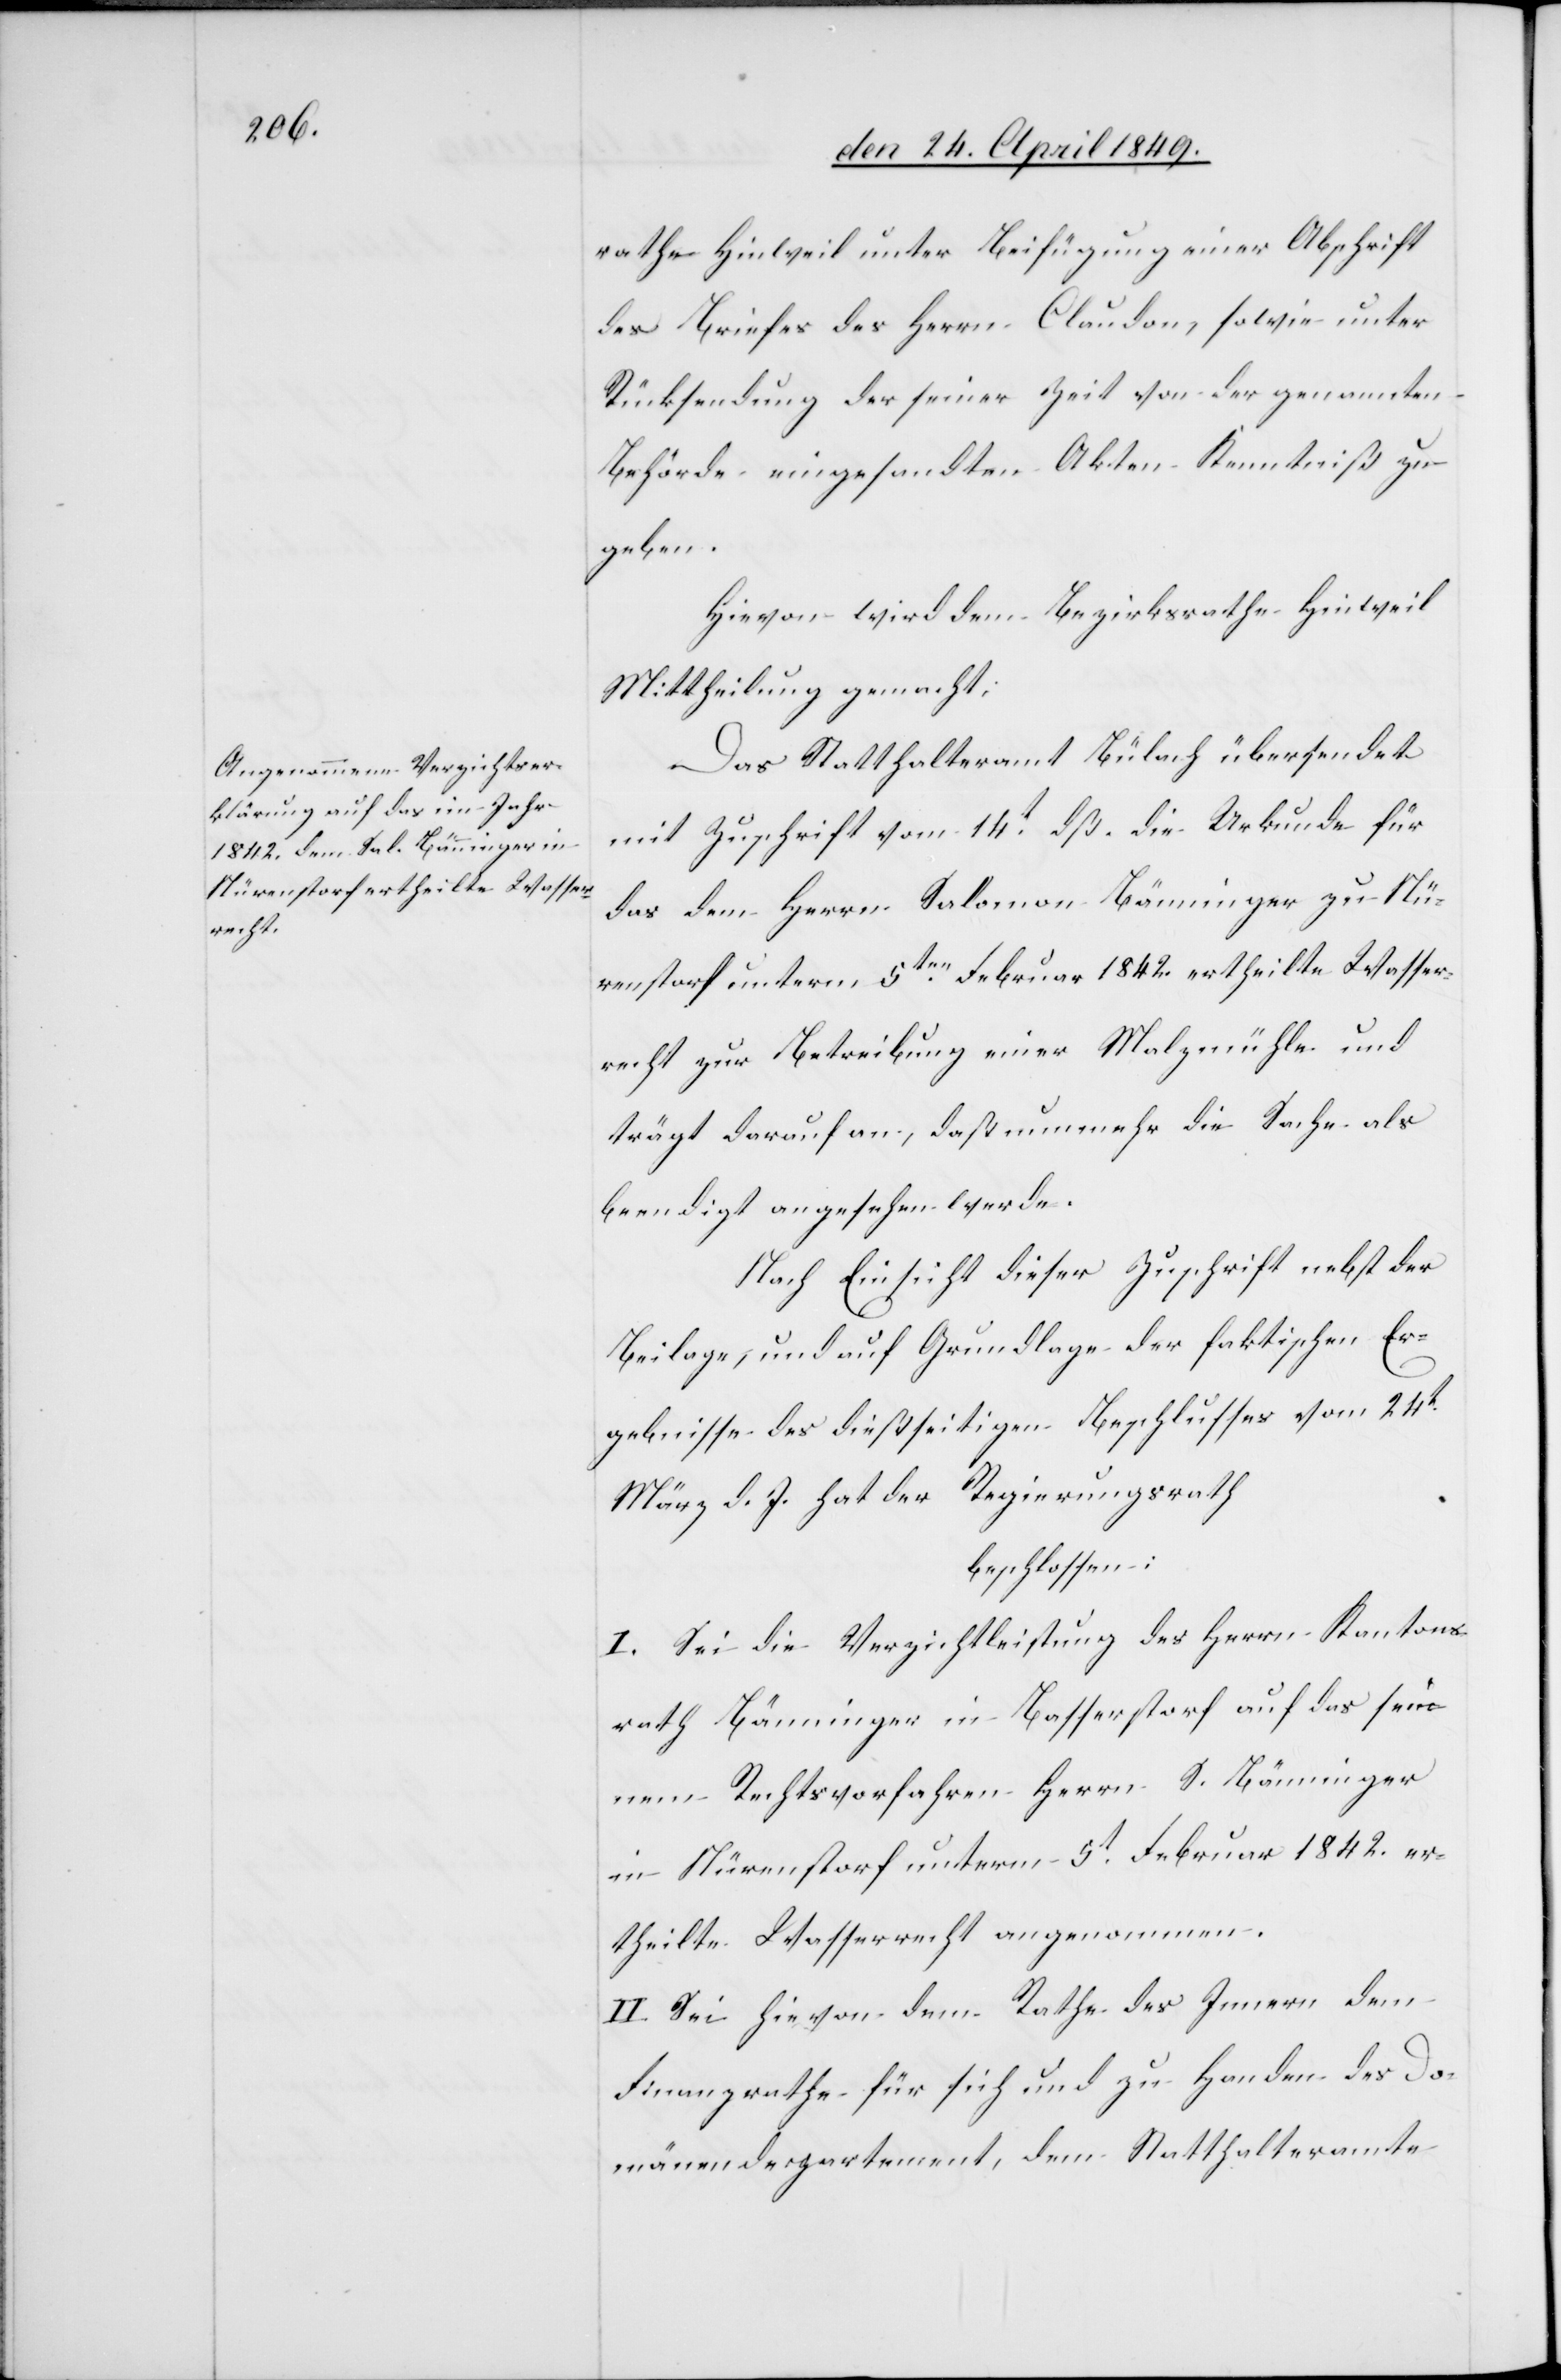
rathe Hinweil unter Beifügung einer Abschrift
des Briefes des Herrn Claudon, sowie unter
Rücksendung der seiner Zeit von der genannten
Behörde eingesandten Akten Kenntniß zu
geben.
Hievon wird dem Bezirksrathe Hinweil
Mittheilung gemacht.
Das Statthalteramt Bülach übersendet
mit Zuschrift vom 14t dß. die Urkunde für
das dem Herrn Salomon Bänninger zu Nü¬
renstorf unterm 5ten Februar 1842. ertheilte Wasser¬
recht zur Betreibung einer Malzmühle und
trägt darauf an, daß nunmehr die Sache als
beendigt angesehen werde.
Nach Einsicht dieser Zuschrift nebst der
Beilage, und auf Grundlage der faktischen Er¬
gebnisse des dießseitigen Beschlusses vom 24t
März d. J. hat der Regierungsrath
beschlossen:
I. Sei die Verzichtleistung des Herrn Kantons¬
rath Bänninger in Basserstorf auf das sei¬
nem Rechtsvorfahren Herrn S. Bänninger
in Nürenstorf unterm 5t Februar 1842. er¬
theilte Wasserrecht angenommen.
II. Sei hievon dem Rathe des Innern dem
Finanzrathe für sich und zu Handen des Do¬
mänendepartement, dem Statthalteramte